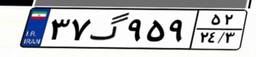
۳۷گ۹۵۹۵۲